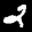
Label: 2